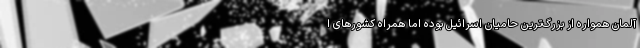
آلمان همواره از بزرگ‌ترین حامیان اسرائیل بوده اما همراه کشورهای ا